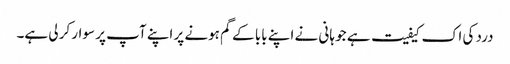
درد کی اک کیفیت ہے جو ہانی نے اپنے بابا کے گم ہونے پر اپنے آپ پر سوار کر لی ہے۔